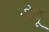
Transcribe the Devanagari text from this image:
सेवू